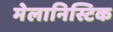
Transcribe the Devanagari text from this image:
मेलानिस्टिक